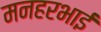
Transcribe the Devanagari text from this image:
मनहरभाई